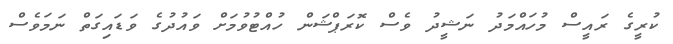
ކުރީގެ ރައީސް މުހައްމަދު ނަޝީދު ވެސް ކޮރަޕްޝަން ހުއްޓުވުމަށް ވައުދުގެ ވަޑައިގަތް ނަމަވެސް